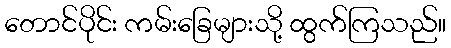
တောင်ပိုင်း ကမ်းခြေများသို့ ထွက်ကြသည်။